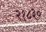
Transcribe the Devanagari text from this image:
२१८३०